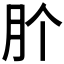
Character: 𭨦